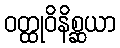
ဝတ္ထုဝိနိစ္ဆယာ